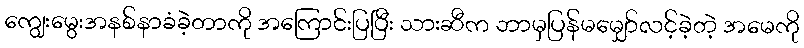
ကျွေးမွေးအနစ်နာခံခဲ့တာကို အကြောင်းပြပြီး သားဆီက ဘာမှပြန်မမျှော်လင့်ခဲ့တဲ့ အမေကို